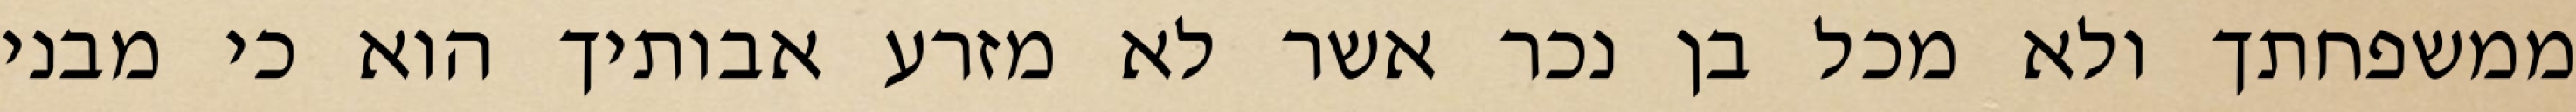
ממשפחתך ולא מכל בן נכר אשר לא מזרע אבותיך הוא כי מבני